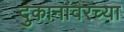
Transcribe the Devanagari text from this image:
दुकानांवरच्या